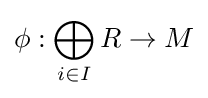
\phi :\bigoplus _{i\in I}R\to M